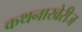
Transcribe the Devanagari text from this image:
कथनाखेरीज